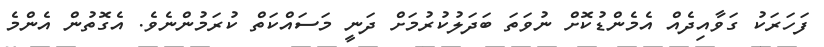
ފަހަރަކު ގަވާއިދެއް އެމެންޑުކޮށް ނުވަތަ ބަދަލުކުރުމަށް ދަނީ މަސައްކަތް ކުރަމުންނެވެ. އެގޮތުން އެންމެ